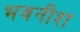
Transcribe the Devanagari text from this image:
भवनीश